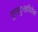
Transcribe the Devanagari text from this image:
सुखदुःखविवेक